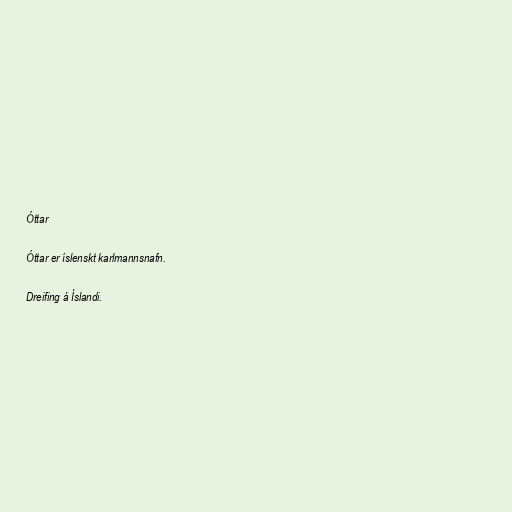
Óttar

Óttar er íslenskt karlmannsnafn.

Dreifing á Íslandi.